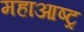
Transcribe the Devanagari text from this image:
महाआष्ट्र